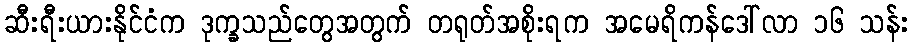
ဆီးရီးယားနိုင်ငံက ဒုက္ခသည်တွေအတွက် တရုတ်အစိုးရက အမေရိကန်ဒေါ်လာ ၁၆ သန်း